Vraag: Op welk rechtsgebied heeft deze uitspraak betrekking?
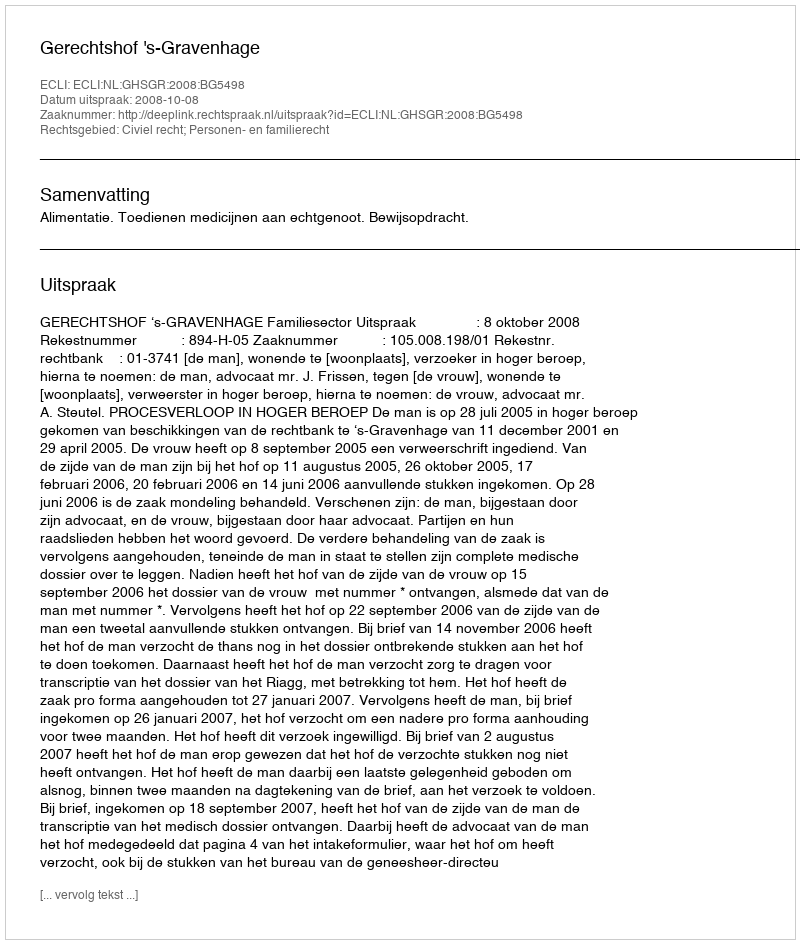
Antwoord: Civiel recht; Personen- en familierecht